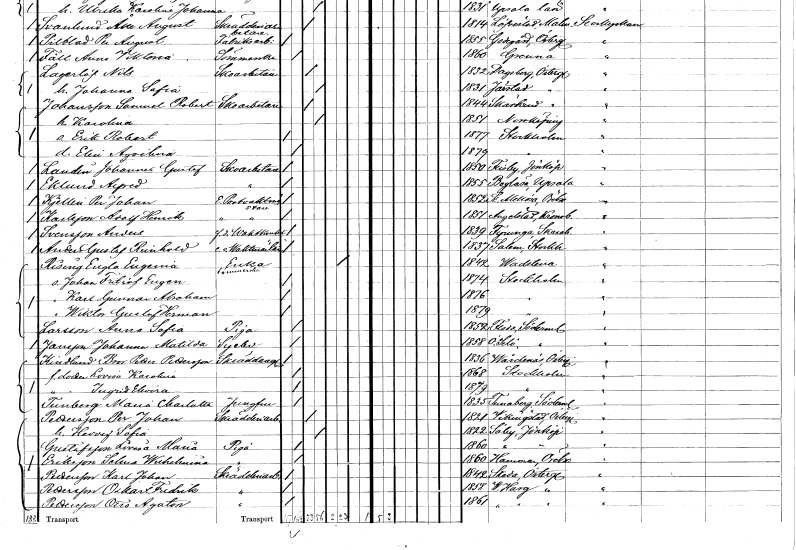
gt_parse: households: individuals: FN: Samuel Robert
EN: Johansson
YRKE: Skoarbetare
KON: M
CIV: G
FODAR: 1844
FODFORS: Skärkind Östergötlands län
FN: Karolina
KON: K
CIV: G
FODAR: 1851
FODFORS: Norrköping Östergötlands län
FN: Erik Robert
KON: M
CIV: O
FODAR: 1877
FODFORS: Stockholm
FN: Elin Aqvilina
KON: K
CIV: O
FODAR: 1879
FODFORS: Stockholm
FN: Johannes Gustaf
EN: Landin
YRKE: Skoarbetare
KON: M
CIV: O
FODAR: 1850
FODFORS: Flisby Jönköpings län
FN: Alfred
EN: Eklund
YRKE: Skoarbetare
KON: M
CIV: O
FODAR: 1855
FODFORS: Boglösa Uppsala län
FN: Per Johan
EN: Kjellin
YRKE: Portvaktmästare e.
KON: M
CIV: O
FODAR: 1852
FODFORS: Stora Mellösa Örebro län
FN: Adolf Henrik
EN: Karlsson
YRKE: Portvaktmästare e.
KON: M
CIV: O
FODAR: 1851
FODFORS: Angelstad Kronobergs län
FN: Anders
EN: Svensson
YRKE: Vaktknekt f.d.
KON: M
CIV: O
FODAR: 1839
FODFORS: Fyrunga Skaraborgs län
FN: Anders Gustaf Reinhold
YRKE: Vaktmästare e. o.
KON: M
CIV: O
FODAR: 1837
FODFORS: Salem Stockholms län
FN: Engla Eugenia
EN: Rising
YRKE: Sömmerska Änka
KON: K
CIV: E
FODAR: 1842
FODFORS: Vadstena Östergötlands län
FN: Johan Fritiof Eugen
KON: M
CIV: O
FODAR: 1874
FODFORS: Stockholm
FN: Karl Gunnar Abraham
KON: M
CIV: O
FODAR: 1876
FODFORS: Stockholm
FN: Wiktor Gustaf Herman
KON: M
CIV: O
FODAR: 1879
FODFORS: Stockholm
FN: Anna Sofia
EN: Larsson
YRKE: Piga
KON: K
CIV: O
FODAR: 1852
FODFORS: Floda Södermanlands län
FN: Johanna Matilda
EN: Jansson
YRKE: Syelev
KON: K
CIV: O
FODAR: 1858
FODFORS: Överselö Södermanlands län
FN: Bror Petter
EN: Kindlund Pettersson
YRKE: Skräddaregesäll
KON: M
CIV: O
FODAR: 1836
FODFORS: Vårdnäs Östergötlands län
FN: Lovisa Karolina
KON: K
CIV: O
FODAR: 1868
FODFORS: Stockholm
FN: Ingrid Elvira
KON: K
CIV: O
FODAR: 1879
FODFORS: Stockholm
FN: Maria Charlotta
EN: Tunberg
YRKE: Jungfru
KON: K
CIV: O
FODAR: 1835
FODFORS: Tunaberg Södermanlands län
FN: Per Johan
EN: Pettersson
YRKE: Skrädderiarbetare
KON: M
CIV: G
FODAR: 1821
FODFORS: Vikingstad Östergötlands län
FN: Hedvig Sofia
KON: K
CIV: G
FODAR: 1822
FODFORS: Säby Jönköpings län
FN: Lovisa Maria
EN: Gustafsson
YRKE: Piga
KON: K
CIV: O
FODAR: 1860
FODFORS: Säby Jönköpings län
FN: Selma Wilhelmina
EN: Eriksson
YRKE: Piga
KON: K
CIV: O
FODAR: 1860
FODFORS: Hammar Örebro län
FN: Karl Johan
EN: Pettersson
YRKE: Skrädderiarbetare
KON: M
CIV: O
FODAR: 1842
FODFORS: Skeda Östergötlands län
FN: Oskar Fredrik
EN: Pettersson
YRKE: Skrädderiarbetare
KON: M
CIV: O
FODAR: 1858
FODFORS: Västra Harg Östergötlands län
FN: Otto Agaton
EN: Pettersson
YRKE: Skrädderiarbetare
KON: M
CIV: O
FODAR: 1861
FODFORS: Västra Harg Östergötlands län